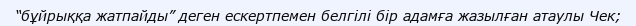
“бұйрыққа жатпайды” деген ескертпемен белгілі бір адамға жазылған атаулы Чек;